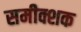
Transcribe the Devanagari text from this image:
समीक्शक